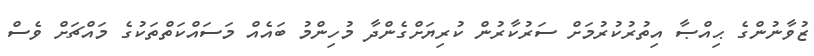
ޒުވާނުންގެ ޙިއްޞާ އިތުރުކުރުމަށް ސަރުކާރުން ކުރިޔަށްގެންދާ މުހިންމު ބައެއް މަސައްކަތްތަކުގެ މައްޗަށް ވެސް